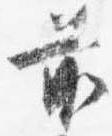
前